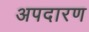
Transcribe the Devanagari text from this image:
अपदारण